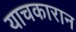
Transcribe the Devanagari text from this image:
याचकारान